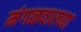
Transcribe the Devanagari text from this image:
मंगळवारच्या